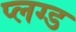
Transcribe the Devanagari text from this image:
प्लग्ड